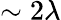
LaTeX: \sim 2\lambda